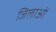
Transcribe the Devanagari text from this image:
जिलाओं